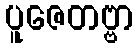
ပူဇေတဗ္ဗာ